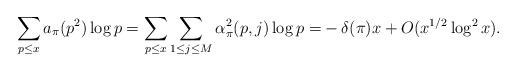
LaTeX: \begin{align*} \sum_{p \leq x}a_{\pi}(p^2)\log p =\sum_{p \leq x}\sum_{1 \leq j \leq M}\alpha^2_{\pi}(p, j)\log p =& -\delta(\pi)x+O(x^{1/2}\log^{2} x).\end{align*}